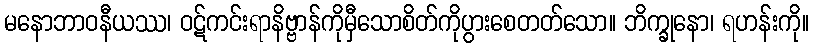
မနောဘာဝနီယဿ၊ ဝဋ်ကင်းရာနိဗ္ဗာန်ကိုမှီသောစိတ်ကိုပွားစေတတ်သော။ ဘိက္ခုနော၊ ရဟန်းကို။